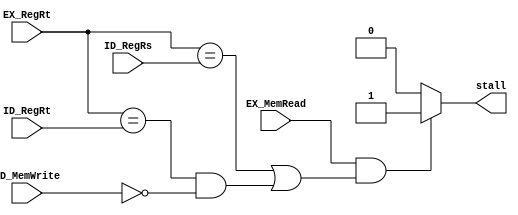
module Hazard(stall, ID_RegRs, ID_RegRt, ID_MemWrite, EX_RegRt, EX_MemRead);

input ID_MemWrite, EX_MemRead; 
input[3:0] ID_RegRs, ID_RegRt, EX_RegRt;
output stall; 

assign stall = (EX_MemRead & ((EX_RegRt == ID_RegRs) | ((EX_RegRt == ID_RegRt) & ~ID_MemWrite))) ? 1'b1 : 0; 

endmodule